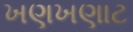
ખણખણાટ